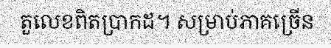
តួលេខពិតប្រាកដ។ សម្រាប់ភាគច្រើន